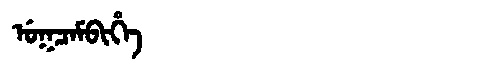
Manchu: ᡠᡴᠴᠠᠮᠪᡳᡥᡝ
Romanization: UKCAMBIHE